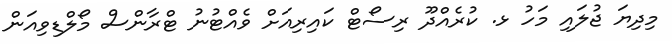
މިދިޔަ ޖުލައި މަހު ޅ. ކުރެއްދޫ ރިސޯޓް ކައިރިއަށް ވެއްޓުނު ޓްރާންސް މޯލްޑިވިއަން